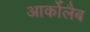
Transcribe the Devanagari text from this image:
आर्कोलैब